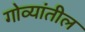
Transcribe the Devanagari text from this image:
गोव्यांतील